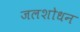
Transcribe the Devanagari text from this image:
जलशोधन